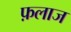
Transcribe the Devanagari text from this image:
फ़लाज